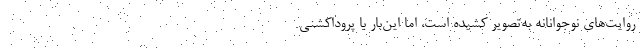
روایت‌های نوجوانانه به‌تصویر کشیده است، اما این‌بار با پروداکشنی